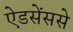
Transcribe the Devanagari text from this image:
ऐडसेंससे